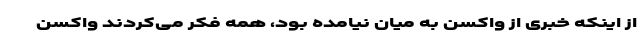
از اینکه خبری از واکسن به میان نیامده بود، همه فکر می‌کردند واکسن